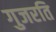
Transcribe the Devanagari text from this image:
गुजरति